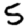
Digit: 5